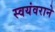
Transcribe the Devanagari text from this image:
स्वयंवराने